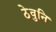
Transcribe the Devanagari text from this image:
ठेवुनि